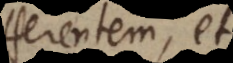
indifferentem, et